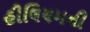
હીલિયમની